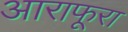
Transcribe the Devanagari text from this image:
आराफूरा